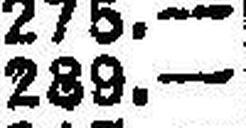
289.—